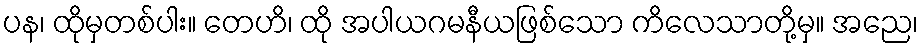
ပန၊ ထိုမှတစ်ပါး။ တေဟိ၊ ထို အပါယဂမနီယဖြစ်သော ကိလေသာတို့မှ။ အညေ၊